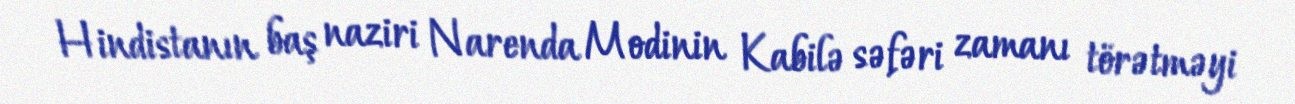
Hindistanın baş naziri Narenda Modinin Kabilə səfəri zamanı törətməyi